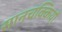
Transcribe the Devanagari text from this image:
सानचक्कियों